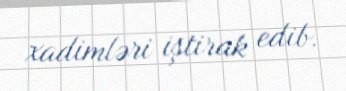
xadimləri iştirak edib.